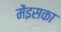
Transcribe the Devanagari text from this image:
मेंइसका